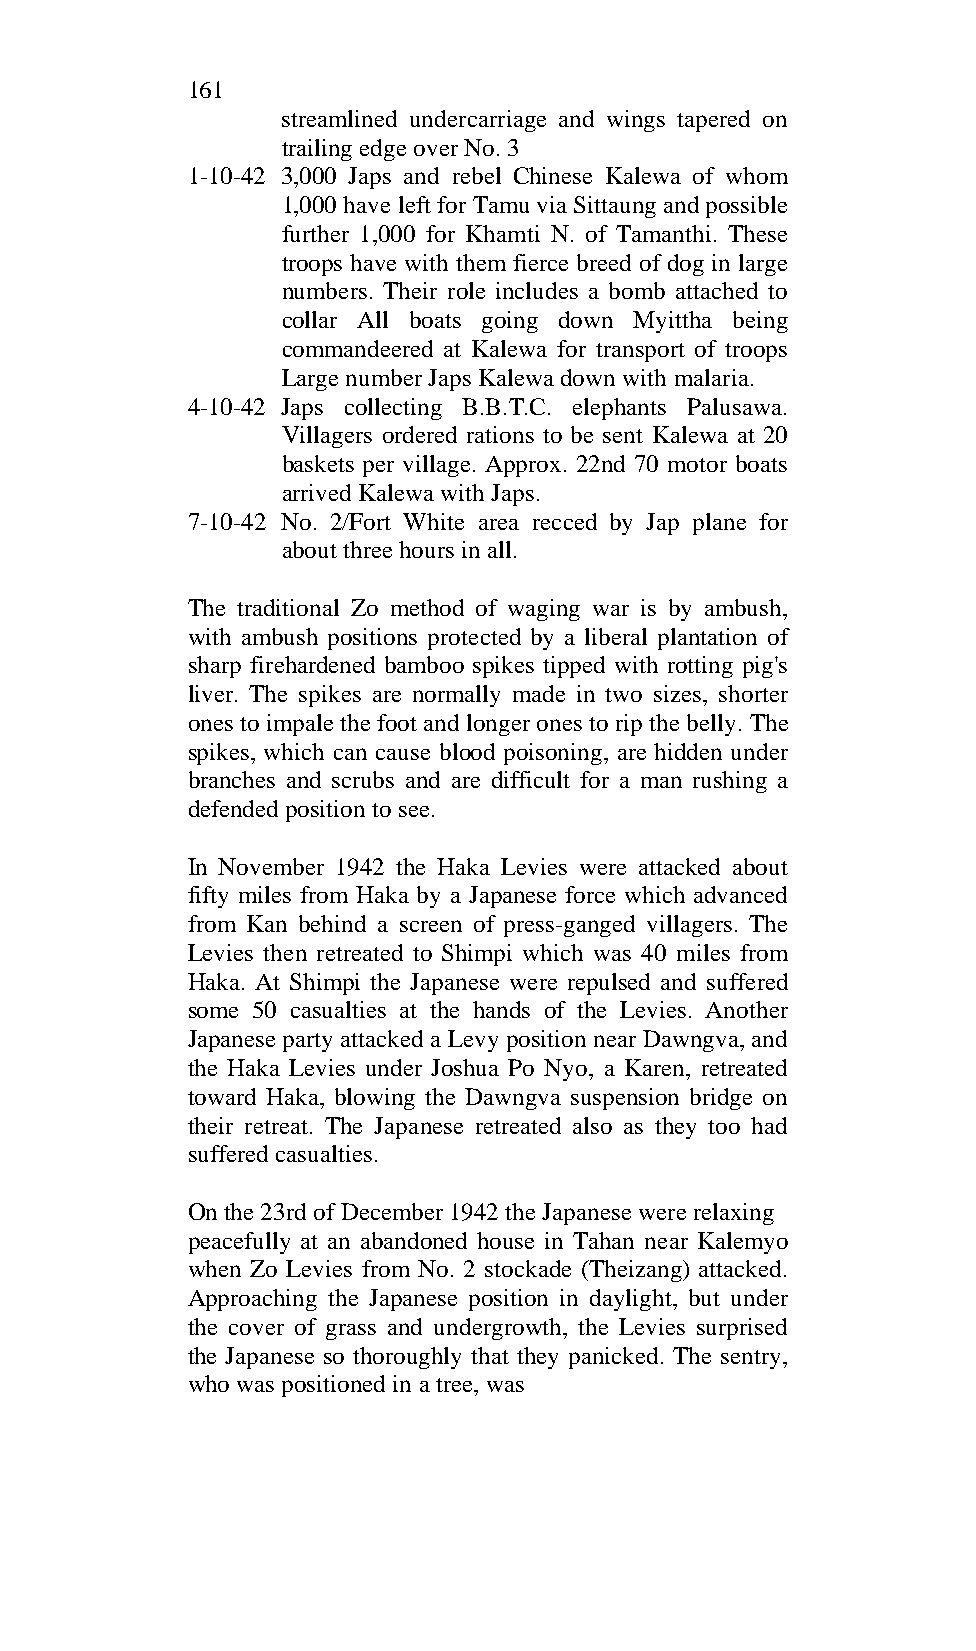
161
 streamlined undercarriage and wings tapered on
 trailing edge over No. 3
 1-10-42 3,000 Japs and rebel Chinese Kalewa of whom
 1,000 have left for Tamu via Sittaung and possible
 further 1,000 for Khamti N. of Tamanthi. These
 troops have with them fierce breed of dog in large
 numbers. Their role includes a bomb attached to
 collar All boats going down Myittha being
 commandeered at Kalewa for transport of troops
 Large number Japs Kalewa down with malaria.
 4-10-42 Japs collecting B.B.T.C. elephants Palusawa.
 Villagers ordered rations to be sent Kalewa at 20
 baskets per village. Approx. 22nd 70 motor boats
 arrived Kalewa with Japs.
 7-10-42 No. 2/Fort White area recced by Jap plane for
 about three hours in all.
 The traditional Zo method of waging war is by ambush,
 with ambush positions protected by a liberal plantation of
 sharp firehardened bamboo spikes tipped with rotting pig's
 liver. The spikes are normally made in two sizes, shorter
 ones to impale the foot and longer ones to rip the belly. The
 spikes, which can cause blood poisoning, are hidden under
 branches and scrubs and are difficult for a man rushing a
 defended position to see.
 In November 1942 the Haka Levies were attacked about
 fifty miles from Haka by a Japanese force which advanced
 from Kan behind a screen of press-ganged villagers. The
 Levies then retreated to Shimpi which was 40 miles from
 Haka. At Shimpi the Japanese were repulsed and suffered
 some 50 casualties at the hands of the Levies. Another
 Japanese party attacked a Levy position near Dawngva, and
 the Haka Levies under Joshua Po Nyo, a Karen, retreated
 toward Haka, blowing the Dawngva suspension bridge on
 their retreat. The Japanese retreated also as they too had
 suffered casualties.
 On the 23rd of December 1942 the Japanese were relaxing
 peacefully at an abandoned house in Tahan near Kalemyo
 when Zo Levies from No. 2 stockade (Theizang) attacked.
 Approaching the Japanese position in daylight, but under
 the cover of grass and undergrowth, the Levies surprised
 the Japanese so thoroughly that they panicked. The sentry,
 who was positioned in a tree, was